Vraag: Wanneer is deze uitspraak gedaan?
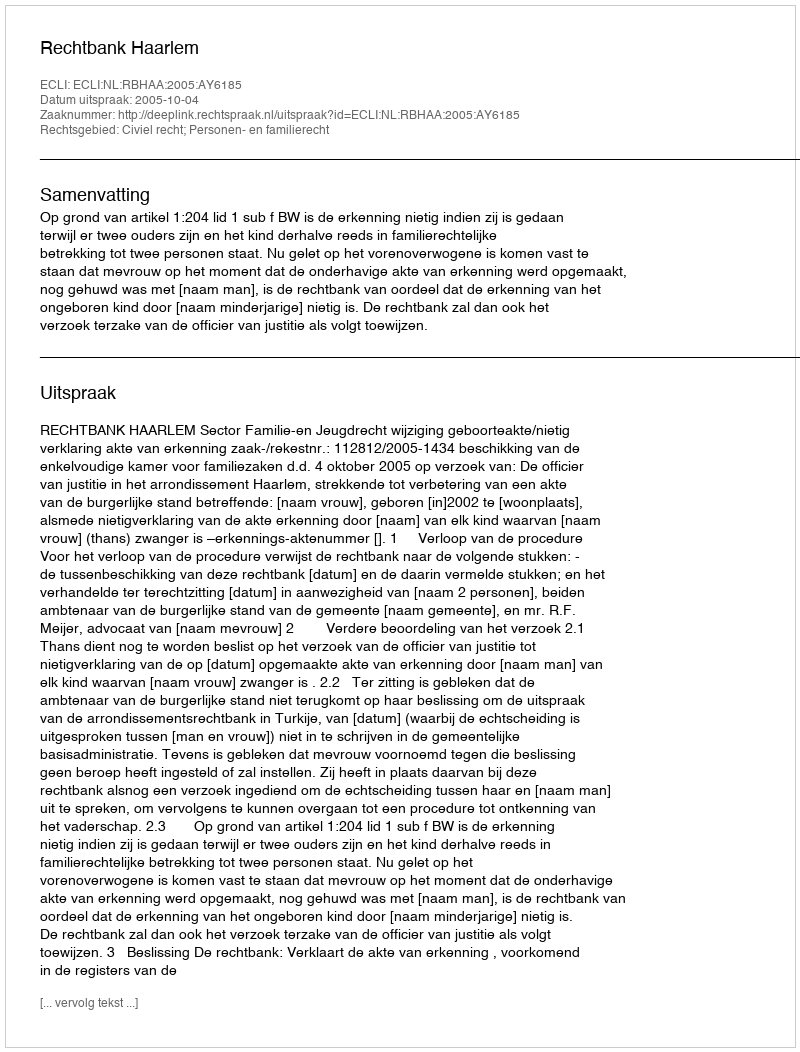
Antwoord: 2005-10-04